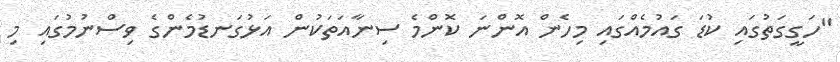
"ހަގީގަތުގައި ކުޑަ ގައުމެއްގައި މިހެން އޮންނަ ކޮންމެ ސިނާއަތަކުން އަޅުގަނޑުމެންގެ ވިސްނުމުގައި މި